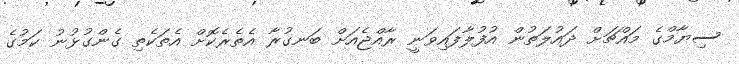
ސިޔާމްގެ މައްޗަށް ދައުލަތުން އުފުލާފައިވަނީ ރާއްޖެއަށް ބަނގުރާ އެތެރެކޮށް އެތަކެތި ގެންގުޅުނު ކަމުގެ